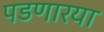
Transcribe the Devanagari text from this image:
पडणारया